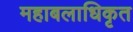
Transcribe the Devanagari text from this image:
महाबलाधिकृत